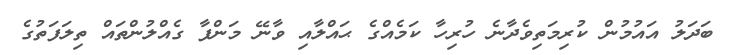
ބަދަލު އައުމުން ކުރިމަތިވެދާނެ ހުރިހާ ކަމެއްގެ ޙައްލާއި ވާނޭ މަންފާ ގެއްލުންތައް ތިލަފަތުގެ